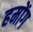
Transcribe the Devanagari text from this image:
हमोंग